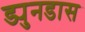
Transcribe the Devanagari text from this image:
ड्युनडास